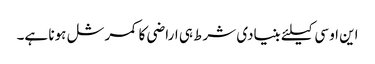
این او سی کیلئے بنیادی شرط ہی اراضی کا کمرشل ہونا ہے۔